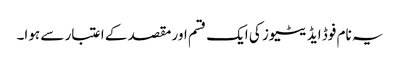
یہ نام فوڈ ایڈیٹیوز کی ایک قسم اور مقصد کے اعتبار سے ہوا۔